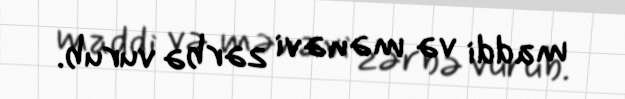
maddi və mənəvi zərbə vurub.